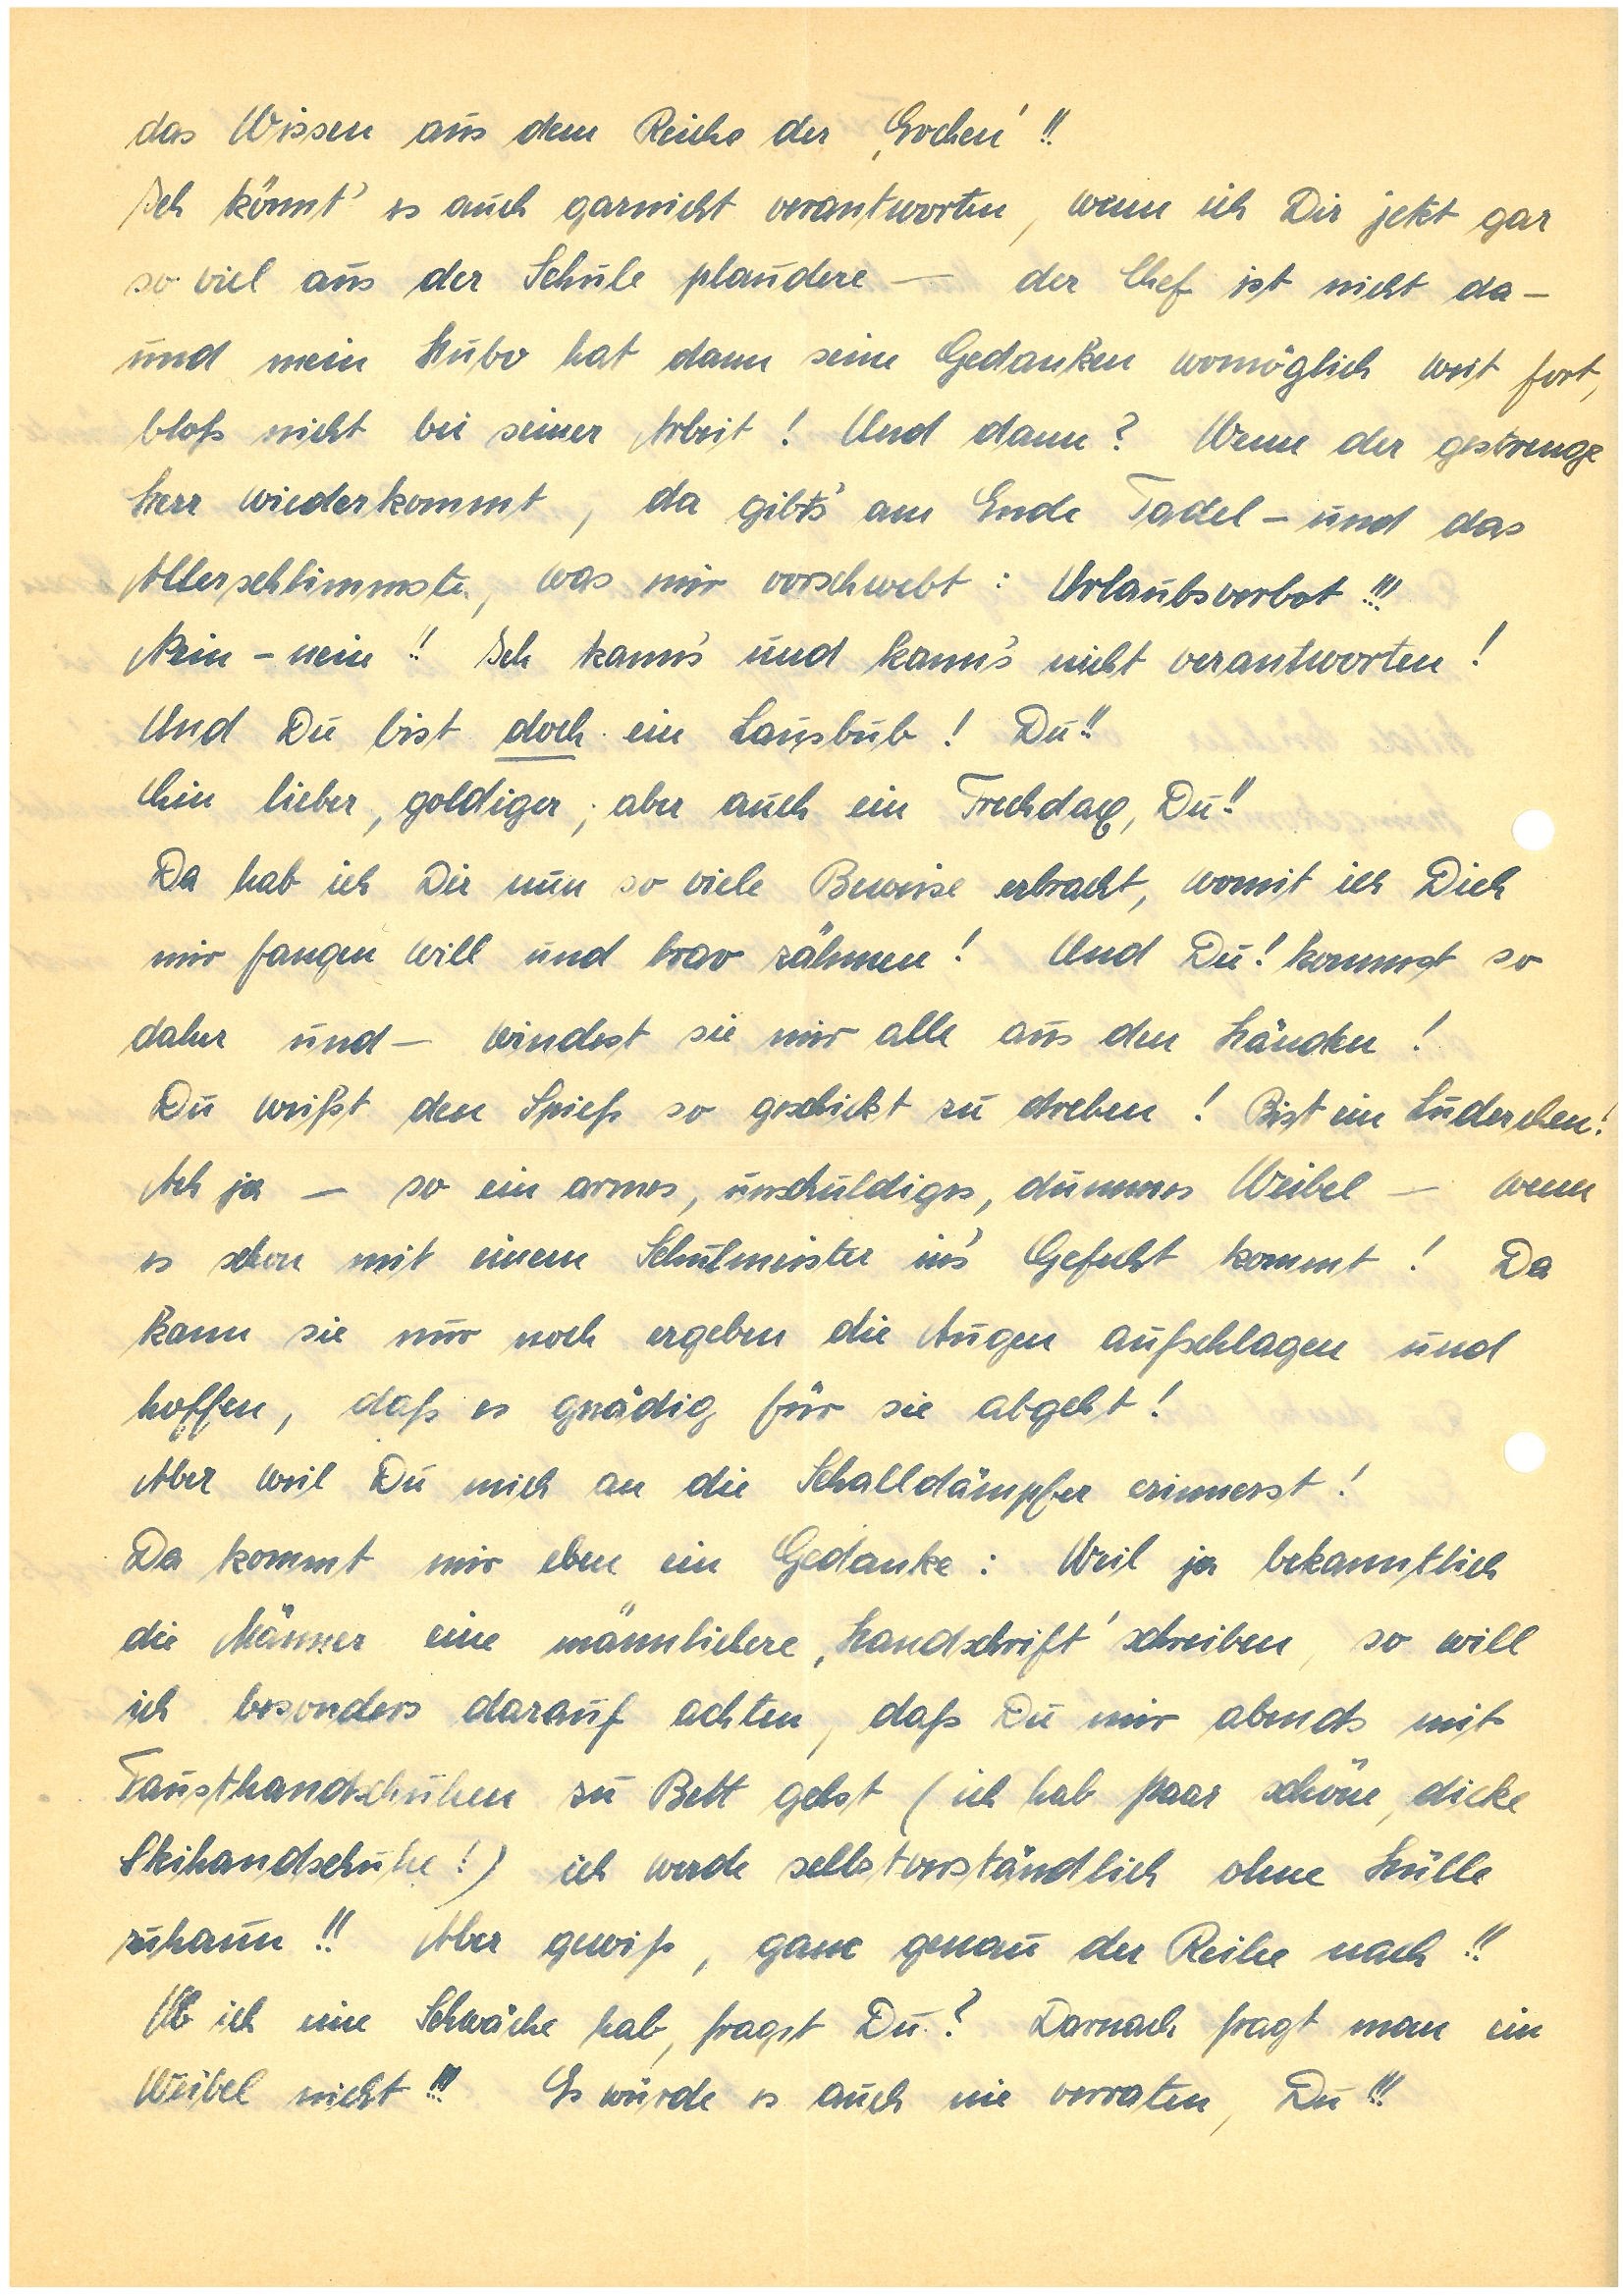
das Wissen aus dem Reiche des ‘Evchen’!!
Ich könnt’ es auch garnicht verantworten, wenn ich Dir jetzt gar
so viel aus der Schule plaudere – der Chef ist nicht da –
und mein Hubo hat dann seine Gedanken womöglich weit fort,
bloß nicht bei seiner Arbeit! Und dann? Wenn der gestrenge
Herr wiederkommt, da gibt’s am Ende Tadel – und das
Allerschlimmste, was mir vorschwebt: Urlaubsverbot!!!
Nein – nein!! Ich kann’s und kann’s nicht verantworten!
Und Du bist doch ein Lausbub! Du!!
Ein lieber, goldiger; aber auch ein Frechday, Du!!
Da hab ich Dir nun so viele Beweise erbracht, womit ich Dich
mir fangen will und brav zähmen! Und Du! kommst so
daher und – windest sie mir alle aus den Händen!
Du weißt den Spieß so geschickt zu drehen! Bist ein Luderchen!
Ach ja – so ein armes, unschuldiges, dummes Weibel – wenn
es schon mit einem Schulmeister in’s Gefecht kommt! Da
kann sie nur noch ergeben die Augen aufschlagen und
hoffen, daß es gnädig für sie abgeht!
Aber weil Du mich an die Schalldämpfer erinnerst!
Da kommt mir eben ein Gedanke: Weil ja bekanntlich
die Männer eine männliche ‚Handschrift’ schrieben, so will
ich besonders darauf achten, daß Du mir abends mit
Fausthandschuhen zu Bett gehst (ich hab paar schöne, dicke
Skihandschuhe!) ich werde selbstverständlich ohne Hülle
zuhaun!! Aber gewiß, ganz genau der Reihe nach!!
Ob ich eine Schwäche hab, fragst Du? Danach fragt man ein
Weibel nicht!!! Es würde es auch nie verraten, Du!!!